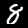
Digit: 8